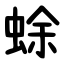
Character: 蜍